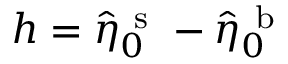
h = \hat { \eta } _ { \boldsymbol 0 } ^ { \mathrm { ~ s ~ } } - \hat { \eta } _ { \boldsymbol 0 } ^ { \mathrm { ~ b ~ } }